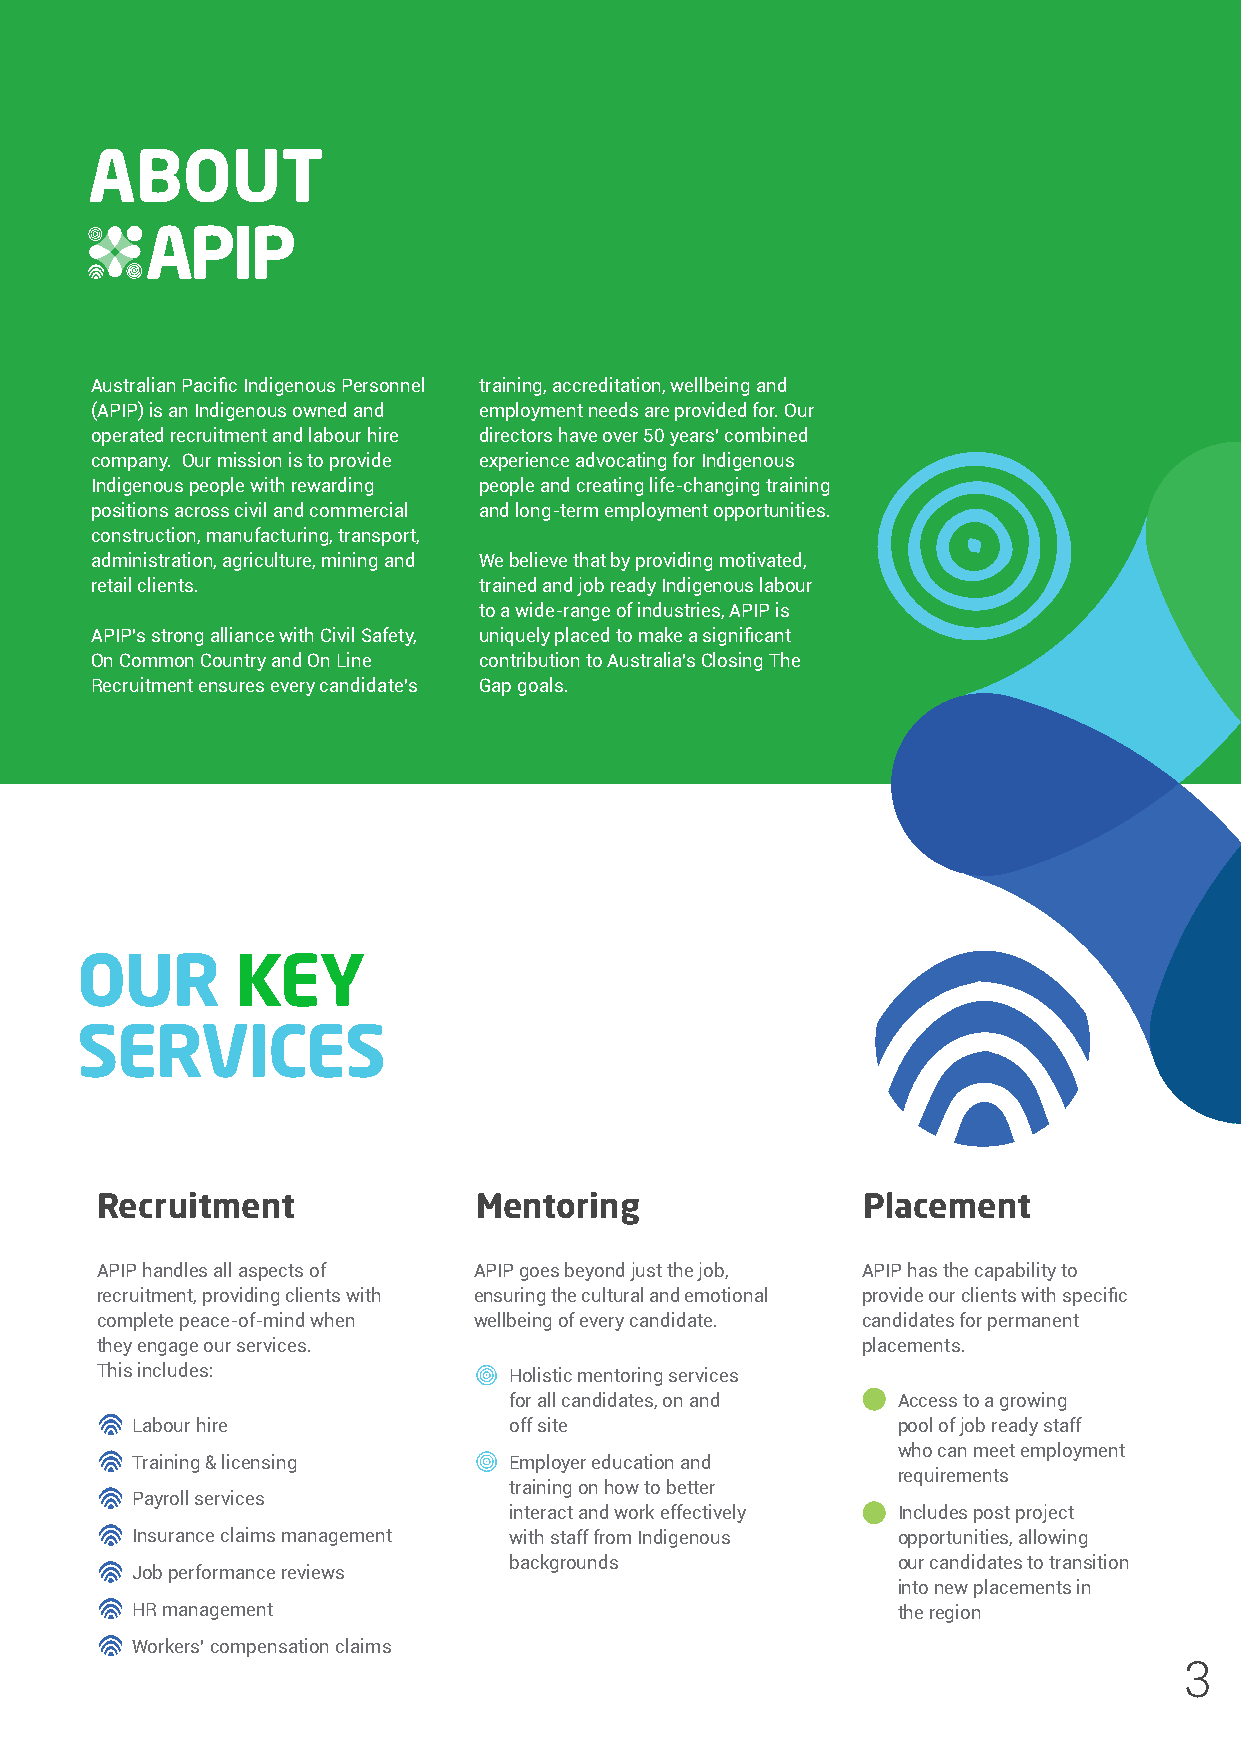
ABOUT
 Australian Pacific Indigenous Personnel training, accreditation, wellbeing and
 (APIP) is an Indigenous owned and employment needs are provided for. Our
 operated recruitment and labour hire directors have over 50 years’ combined
 company. Our mission is to provide experience advocating for Indigenous
 Indigenous people with rewarding people and creating life-changing training
 positions across civil and commercial and long-term employment opportunities.
 construction, manufacturing, transport,
 administration, agriculture, mining and We believe that by providing motivated,
 retail clients.           trained and job ready Indigenous labour
 to a wide-range of industries, APIP is
 APIP’s strong alliance with Civil Safety, uniquely placed to make a significant
 On Common Country and On Line contribution to Australia’s Closing The
 Recruitment ensures every candidate’s Gap goals.
 OUR        KEY
 SERVICES
 Recruitment               Mentoring                Placement
 APIP handles all aspects of APIP goes beyond just the job, APIP has the capability to
 recruitment, providing clients with ensuring the cultural and emotional provide our clients with specific
 complete peace-of-mind when wellbeing of every candidate. candidates for permanent
 they engage our services.                          placements.
 This includes:              Holistic mentoring services
 for all candidates, on and Access to a growing
 Labour hire              off site                 pool of job ready staff
 who can meet employment
 Training & licensing     Employer education and
 requirements
 training on how to better
 Payroll services
 interact and work effectively Includes post project
 Insurance claims management with staff from Indigenous opportunities, allowing
 backgrounds              our candidates to transition
 Job performance reviews
 into new placements in
 HR management                                     the region
 Workers’ compensation claims
 3